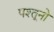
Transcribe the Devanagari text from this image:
पश्तूनो